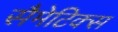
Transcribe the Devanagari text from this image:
सैमेटिक्स